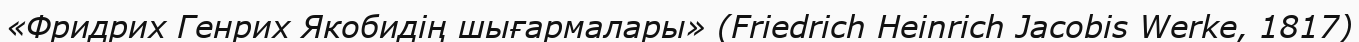
«Фридрих Генрих Якобидің шығармалары» (Friedrich Heinrich Jacobis Werke, 1817)